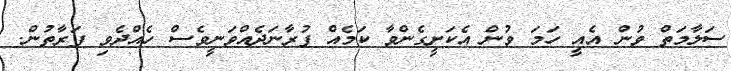
ސަލާމަތް ވުން އެއީ ހަމަ ވުން އެކަށީގެންވާ ކަމެއް ފުރާނަދެއްވަނީވެސް ހެއްދެވި ފަރާތުން.